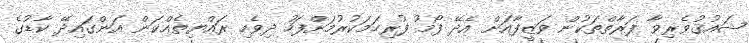
ޝައުޤުވެރިވާ ފަރާތްތަކުން ވަޒީފާއަށް އެދޭ ފޯމު ފުރިހަމަކުރުމަށްފަހު ދިވެހި ރައްޔިތެއްކަން އަންގައިދޭ ކާޑުގެ